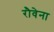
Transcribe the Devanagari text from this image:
रौवेना